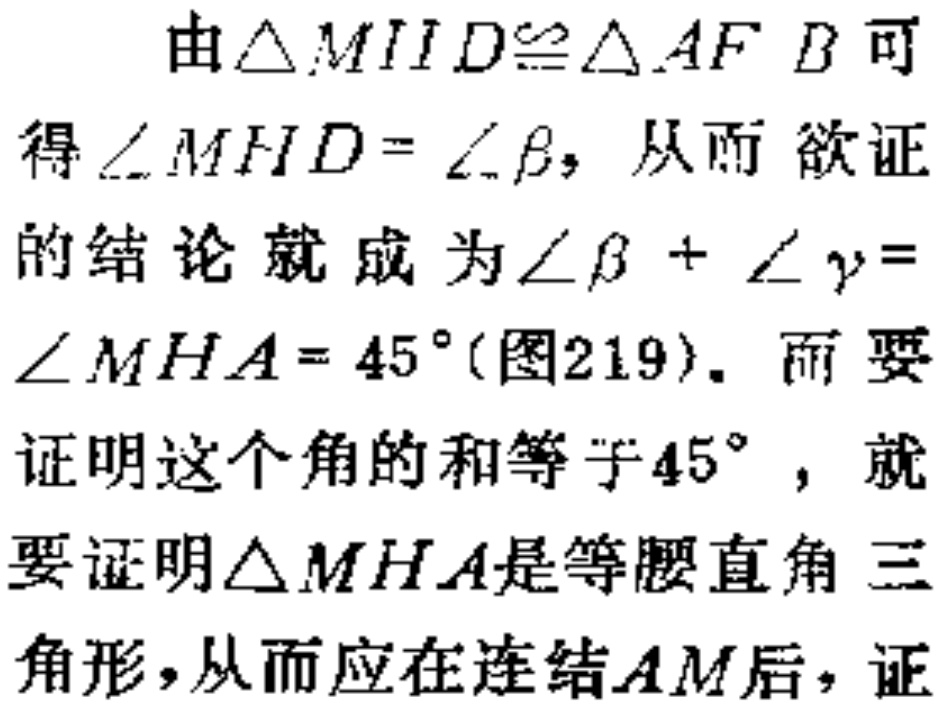
由\(\triangle MHD\cong\triangle AFB\)可得\(\angle MHD = \angle\beta\)，从而欲证的结论就成为\(\angle\beta + \angle\gamma=\angle MHA = 45^{\circ}\)(图219)。而要证明这个角的和等于\(45^{\circ}\)，就要证明\(\triangle MHA\)是等腰直角三角形，从而应在连结\(AM\)后，证